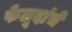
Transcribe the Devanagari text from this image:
फेलूदांचे